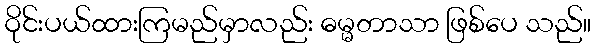
ဝိုင်းပယ်ထားကြမည်မှာလည်း ဓမ္မတာသာ ဖြစ်ပေ သည်။